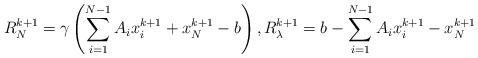
LaTeX: \begin{align*}R_N^{k+1} = \gamma \left(\sum\limits_{i=1}^{N-1} A_i x_i^{k+1} + x_N^{k+1} - b\right), R_{\lambda}^{k+1} = b - \sum\limits_{i=1}^{N-1} A_i x_i^{k+1} - x_N^{k+1}\end{align*}